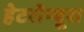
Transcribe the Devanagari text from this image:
हेटरोन्यूरा